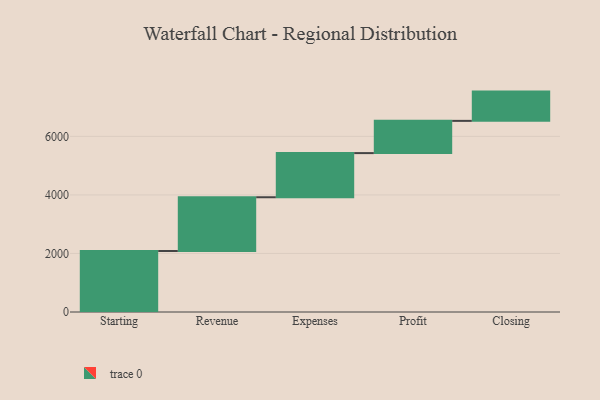
{"axis": {"x": "Step", "y": "Value"}, "legend": [""], "data": [{"x": "Starting", "y": 2083.0, "type": ""}, {"x": "Revenue", "y": 1837.0, "type": ""}, {"x": "Expenses", "y": 1508.0, "type": ""}, {"x": "Profit", "y": 1101.0, "type": ""}, {"x": "Closing", "y": 1000, "type": ""}]}